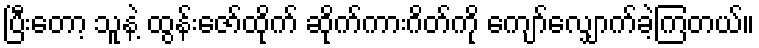
ပြီးတော့ သူနဲ့ ထွန်းဇော်ထိုက် ဆိုက်ကားဂိတ်ကို ကျော်လျှောက်ခဲ့ကြတယ်။